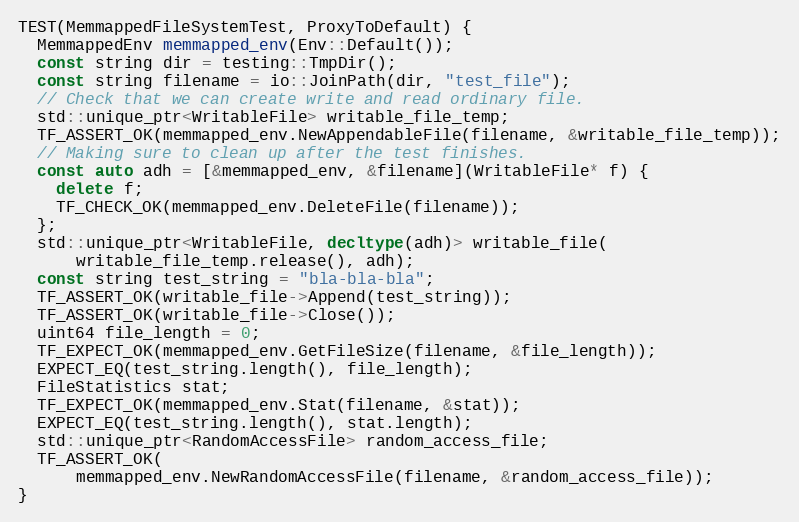
Language: C++
TEST(MemmappedFileSystemTest, ProxyToDefault) {
  MemmappedEnv memmapped_env(Env::Default());
  const string dir = testing::TmpDir();
  const string filename = io::JoinPath(dir, "test_file");
  // Check that we can create write and read ordinary file.
  std::unique_ptr<WritableFile> writable_file_temp;
  TF_ASSERT_OK(memmapped_env.NewAppendableFile(filename, &writable_file_temp));
  // Making sure to clean up after the test finishes.
  const auto adh = [&memmapped_env, &filename](WritableFile* f) {
    delete f;
    TF_CHECK_OK(memmapped_env.DeleteFile(filename));
  };
  std::unique_ptr<WritableFile, decltype(adh)> writable_file(
      writable_file_temp.release(), adh);
  const string test_string = "bla-bla-bla";
  TF_ASSERT_OK(writable_file->Append(test_string));
  TF_ASSERT_OK(writable_file->Close());
  uint64 file_length = 0;
  TF_EXPECT_OK(memmapped_env.GetFileSize(filename, &file_length));
  EXPECT_EQ(test_string.length(), file_length);
  FileStatistics stat;
  TF_EXPECT_OK(memmapped_env.Stat(filename, &stat));
  EXPECT_EQ(test_string.length(), stat.length);
  std::unique_ptr<RandomAccessFile> random_access_file;
  TF_ASSERT_OK(
      memmapped_env.NewRandomAccessFile(filename, &random_access_file));
}